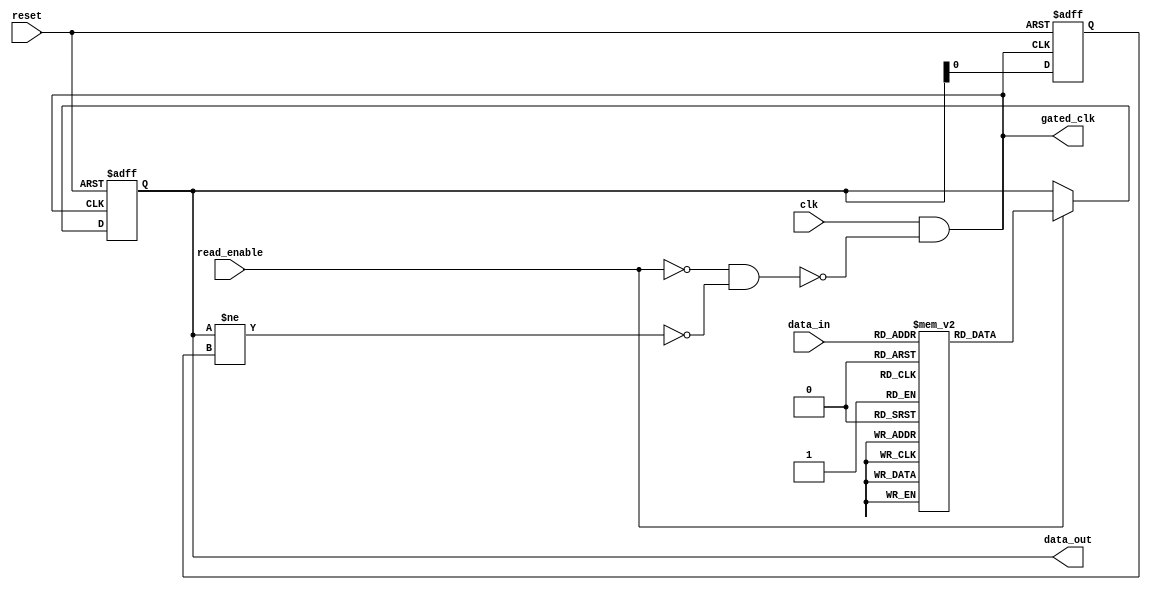
module memory_block (
    input wire clk,               // Input clock
    input wire reset,             // Reset signal
    input wire read_enable,       // Read enable signal
    input wire [7:0] data_in,     // Input data (for write operations)
    output reg [7:0] data_out,    // Output data (for read operations)
    output wire gated_clk         // Gated clock output
);

    // Memory array (example size)
    reg [7:0] memory_array [0:255]; // 256 x 8-bit memory cells

    // Internal signals for clock gating
    reg prev_read_enable;          // Previous read enable state
    reg prev_data_out;             // Previous output data
    wire output_changed;           // Signal to detect output change
    wire idle_state;               // Signal to detect idle state

    // Detect if output data has changed (simple comparator)
    assign output_changed = (data_out != prev_data_out);

    // Determine if the memory is idle (not reading and output not changing)
    assign idle_state = ~read_enable && ~output_changed;

    // Clock gating logic
    assign gated_clk = clk & ~idle_state; // Gated clock is active if not idle

    // Memory operation (read/write)
    always @(posedge gated_clk or posedge reset) begin
        if (reset) begin
            // Initialize memory or reset outputs
            data_out <= 8'b0;
            prev_data_out <= 8'b0;
            prev_read_enable <= 1'b0;
        end else begin
            if (read_enable) begin
                // Read operation
                data_out <= memory_array[data_in]; // Assume data_in is the address
            end
            // Update previous states
            prev_data_out <= data_out;
            prev_read_enable <= read_enable;
        end
    end

endmodule